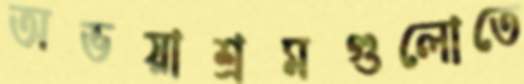
অভয়াশ্রমগুলোতে